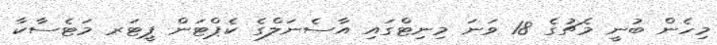
މިހެން ބުނީ މެޗުގެ 18 ވަނަ މިނިޓްގައި އާސެނަލްގެ ކެޕްޓަން ޕީޓަރ މަޓެސާކާ